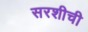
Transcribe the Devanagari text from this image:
सरशीची